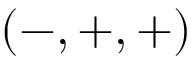
( - , + , + )